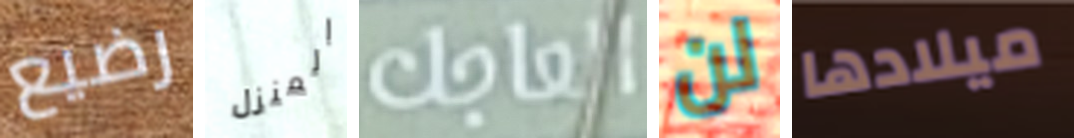
رضيع المنزل العاجل لن ميلادها